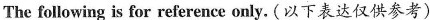
The following is for reference only. (以下表达仅供参考)